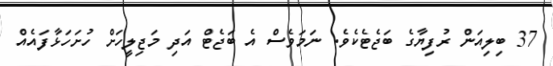
37 ބިލިއަން ރުފިޔާގެ ބަޖެޓެކެވެ. ނަމަވެސް އެ ބަޖެޓް އަދި މަޖިލީހަށް ހުށަހަޅާފައެއް